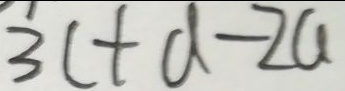
3 c + d - 2 a